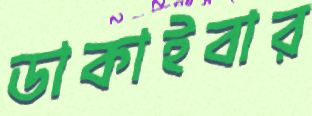
ডাকাইবার